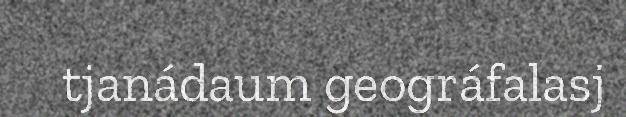
tjanádaum geográfalasj